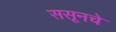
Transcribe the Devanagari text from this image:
ससूनचे